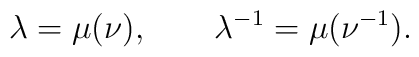
\lambda=\mu(\nu), \qquad \lambda^{-1}=\mu(\nu^{-1}) .